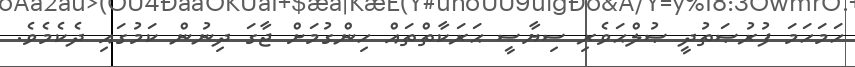
ހަމަހަމަ ފުރުޞަތުދީ ޞުލްޙަވެރި ސިޔާސީ ޙަރަކާތްތައް ހިންގުމަށް ޖާގަ ދިނުން ކަމުގައި ދެކެމެވެ.